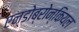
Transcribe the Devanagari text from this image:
एन्डोब्रोन्कियल